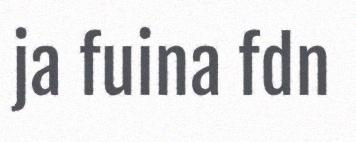
ja fuina fdn